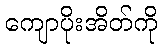
ကျောပိုးအိတ်ကို